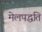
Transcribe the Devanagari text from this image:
मेलपद्धति